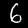
Digit: 6